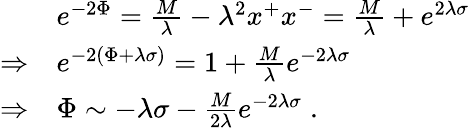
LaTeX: \begin{array}{ll}{{\ }}&{{e^{-2\Phi}={\frac{M}{\lambda}}-\lambda^{2}x^{+}x^{-}={\frac{M}{\lambda}}+e^{2\lambda\sigma}}}\\ {{\Rightarrow}}&{{e^{-2\left(\Phi+\lambda\sigma\right)}=1+{\frac{M}{\lambda}}e^{-2\lambda\sigma}}}\\ {{\Rightarrow}}&{{\Phi\sim-\lambda\sigma-{\frac{M}{2\lambda}}e^{-2\lambda\sigma}\; .}}\end{array}